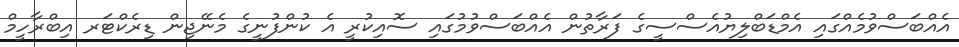
އެއްބަސްވުމެއްގައި އެމްޑަބްލިޔުއެސްސީގެ ފަރާތުން އެއްބަސްވުމުގައި ސޮއިކުރީ އެ ކުންފުނީގެ މެނޭޖިން ޑިރެކްޓަރ އިބްރާހީމް